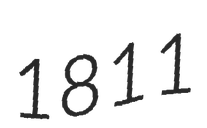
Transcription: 1811